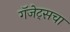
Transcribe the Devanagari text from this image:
गॅजेट्सचा